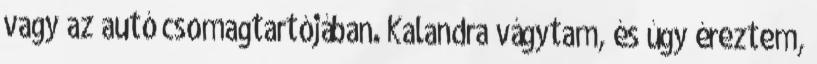
vagy az autó csomagtartójában. Kalandra vágytam, és úgy éreztem,